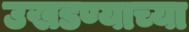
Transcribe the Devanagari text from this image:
उखडण्याच्या